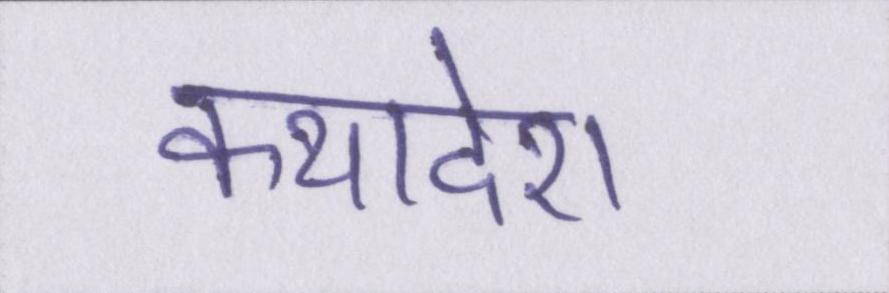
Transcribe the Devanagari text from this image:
कथादेश